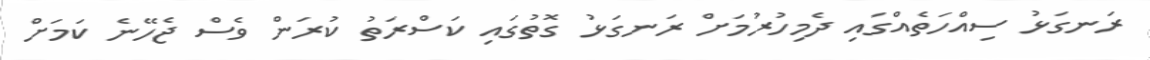
ރަނގަޅު ސިއްހަތެއްގައި ދެމިހުރުމަށް ރަނގަޅު ގޮތުގައި ކަސްރަތު ކުރަން ވެސް ޖެހޭނެ ކަމަށް